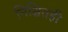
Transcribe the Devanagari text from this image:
निश्चितही